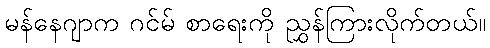
မန်နေဂျာက ဂင်မ် စာရေးကို ညွှန်ကြားလိုက်တယ်။